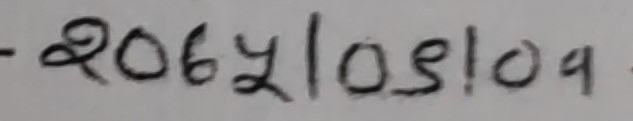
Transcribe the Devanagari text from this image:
-२0६४१0५१0९